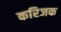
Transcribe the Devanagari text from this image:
करिजक